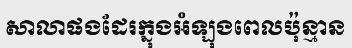
សាលាផងដែរក្នុងអំឡុងពេលប៉ុន្មាន